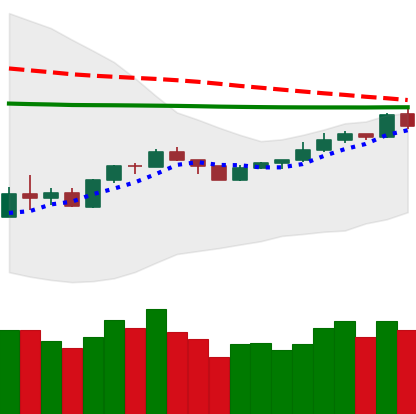
Ticker: XMR-USD
Chart end date: 2020-04-07
Forward return: -3.483%
Label: down_3_5